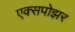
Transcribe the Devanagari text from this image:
एक्सपोझर